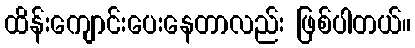
ထိန်းကျောင်းပေးနေတာလည်း ဖြစ်ပါတယ်။